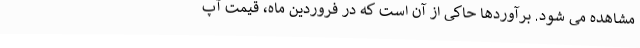
مشاهده می شود. برآوردها حاکی از آن است که در فروردین ماه، قیمت آپ